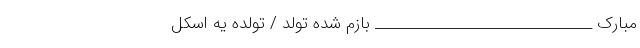
مبارک _______________________________ بازم شده تولد / تولده یه اسکل